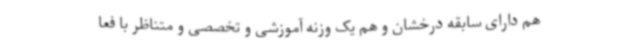
هم دارای سابقه درخشان و هم یک وزنه آموزشی و تخصصی و متناظر با فعا